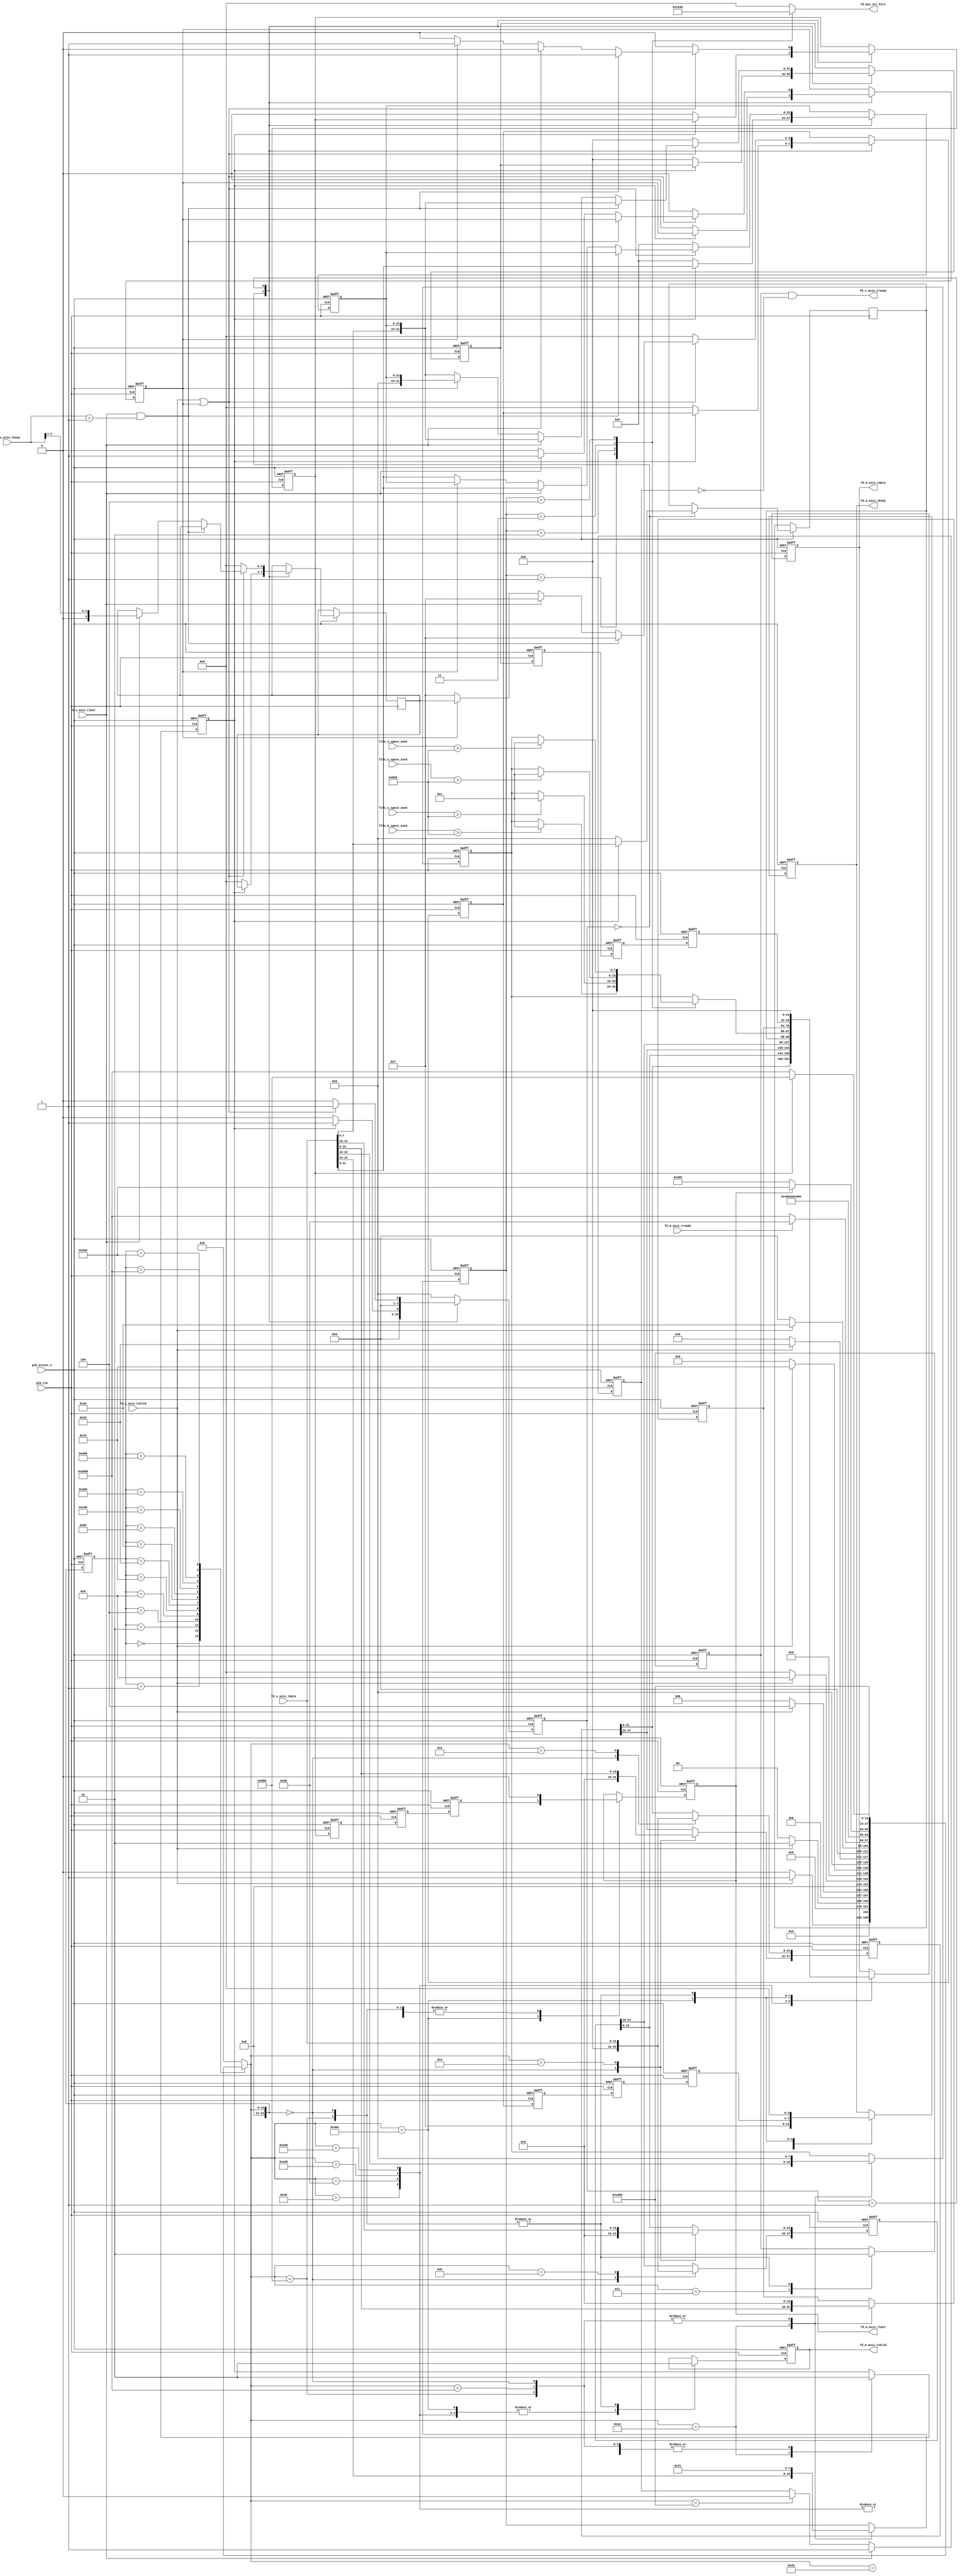
/***********************************************
 **
ECN          **
***********************************************/

module frame_decoder(
glb_clk,
glb_areset_n,


fd_s_axis_tvalid ,
fd_s_axis_tready ,
fd_s_axis_tdata  ,
fd_s_axis_tkeep  ,
fd_s_axis_tlast  ,

fd_m_axis_tvalid ,
fd_m_axis_tready ,
fd_m_axis_tdata  ,
fd_m_axis_tkeep  ,
fd_m_axis_tlast  ,

fd_bus_sel_bits  ,

fifo_0_space_used ,  
fifo_1_space_used ,  
fifo_2_space_used ,  
fifo_3_space_used 

);
input glb_clk     ;
input glb_areset_n;

//Eth-IP
input                   fd_s_axis_tvalid ;
output                  fd_s_axis_tready ;
input   [31:0]          fd_s_axis_tdata  ;
input   [3:0]           fd_s_axis_tkeep  ;
input                   fd_s_axis_tlast  ;

//bus_cross_bar         
output  reg             fd_m_axis_tvalid ;
input                   fd_m_axis_tready ;
output  reg   [31:0]    fd_m_axis_tdata  ;
output  reg   [3:0]     fd_m_axis_tkeep  ;
output  reg             fd_m_axis_tlast  ;

output  reg  [3:0]      fd_bus_sel_bits  ;


input   [31:0]          fifo_0_space_used ;  
input   [31:0]          fifo_1_space_used ;  
input   [31:0]          fifo_2_space_used ;  
input   [31:0]          fifo_3_space_used ;


//parameter defination
//MACSA **
parameter LOCAL_MAC= 48'h11_22_33_44_55_66;//MAC
//LOCAL_MAC66:55:44:33:22:11//**
//MACDA **
parameter DEST_MAC_0=48'haa_00_00_00_00_aa;
parameter DEST_MAC_1=48'hbb_11_11_11_11_bb;
parameter DEST_MAC_2=48'hcc_22_22_22_22_cc;
parameter DEST_MAC_3=48'hdd_33_33_33_33_dd;

//lable **
parameter PORT_LABLE_0  =8'h01 ;
parameter PORT_LABLE_1  =8'h02 ;
parameter PORT_LABLE_2  =8'h03 ;
parameter PORT_LABLE_3  =8'h04 ;
parameter PORT_LABLE_END=8'hff ;
parameter PORT_LABLE_NON=8'hfe ;
//fifoECN**
parameter FIFO_ALERT_THERSOLD=32'd3000;


//STATE DEFINE 
//  **
parameter   IDLE                =23'h000000;
parameter   DA0                 =23'h000001;
parameter   DA1_SA0             =23'h000002;
parameter   SA1                 =23'h000004;
parameter   LT_ECN_L0           =23'h000008;
parameter   SAVE_DST_INFO       =23'h000010;
parameter   WAIT_BUS_SEL_READY  =23'h000020;
parameter   NEW_DA0             =23'h000040;
parameter   NEW_DA1_SA0         =23'h000080;
parameter   NEW_SA1             =23'h000100;
parameter   NEW_LT_ECN_L0       =23'h000200;
parameter   NEW_FRAME_DATA      =23'h000400;
parameter   NEW_FRAME_END       =23'h000800;
parameter   GO_IDLE             =23'h001000;
parameter   FRAME_ABORT         =23'h002000;


reg         [23:0]      next_state;
reg         [23:0]      current_state;


//  **
parameter   SHIFT_IDLE          =8'h0;
parameter   SHIFT_FIRST         =8'h1;



reg         [7:0]       dst_lable_r;
reg         [15:0]      length_type_r;
reg         [7:0]       ECN_r;
reg         [7:0]       ECN_res_r;
reg         [47:0]      new_dst_mac;

reg         [7:0]       new_L0_r;
reg                     fd_s_axis_tready_r;
reg                     fd_s_axis_tready_sudden_low_r;


reg         [31:0]      tobe_send0_axis_tdata_r;
reg                     tobe_send0_axis_tlast_r;
reg         [3:0]       tobe_send0_axis_tkeep_r;

reg         [31:0]      tobe_send1_axis_tdata_r;
reg                     tobe_send1_axis_tlast_r;
reg         [3:0]       tobe_send1_axis_tkeep_r;

reg         [31:0]      tobe_send2_axis_tdata_r;
reg                     tobe_send2_axis_tlast_r;
reg         [3:0]       tobe_send2_axis_tkeep_r;

reg         [31:0]      tobe_send3_axis_tdata_r;
reg                     tobe_send3_axis_tlast_r;
reg         [3:0]       tobe_send3_axis_tkeep_r;

reg         [3:0]       up_tri_axis_tkeep_r;
reg         [23:0]      up_tri_axis_tdata_r;
reg                     one_more_cycle; 
reg                     first_pad_en_r;       
       
reg         [7:0 ]      shift_state;

reg         [47:0]      old_SA_r;
reg         [47:0]      old_DA_r;


//bus_sel_bit transmit logic
// lable0 fd_bus_sel_bits**
always @(dst_lable_r)
begin
    case (dst_lable_r)
    PORT_LABLE_0  :begin fd_bus_sel_bits=4'h1; new_dst_mac=DEST_MAC_0; end
    PORT_LABLE_1  :begin fd_bus_sel_bits=4'h2; new_dst_mac=DEST_MAC_1; end
    PORT_LABLE_2  :begin fd_bus_sel_bits=4'h4; new_dst_mac=DEST_MAC_2; end
    PORT_LABLE_3  :begin fd_bus_sel_bits=4'h8; new_dst_mac=DEST_MAC_3; end
    PORT_LABLE_END:begin fd_bus_sel_bits=4'h0; new_dst_mac=47'h0; end//***
    PORT_LABLE_NON:begin fd_bus_sel_bits=4'h0; new_dst_mac=47'h0; end
    default:       fd_bus_sel_bits=4'h0;
    endcase
end
 
//bus_sel_bit transmit logic
//ECN ECN1**
//ECN
always @(dst_lable_r)
begin
    case (dst_lable_r)
    PORT_LABLE_0  :ECN_res_r=fifo_0_space_used>FIFO_ALERT_THERSOLD?8'h1:ECN_r;
    PORT_LABLE_1  :ECN_res_r=fifo_1_space_used>FIFO_ALERT_THERSOLD?8'h1:ECN_r;
    PORT_LABLE_2  :ECN_res_r=fifo_2_space_used>FIFO_ALERT_THERSOLD?8'h1:ECN_r;
    PORT_LABLE_3  :ECN_res_r=fifo_3_space_used>FIFO_ALERT_THERSOLD?8'h1:ECN_r;
    PORT_LABLE_END:ECN_res_r=ECN_r;
    PORT_LABLE_NON:ECN_res_r=ECN_r;
    default:       ECN_res_r=ECN_r;
    endcase
end


//***
//state transmit 
always @(posedge glb_clk or negedge glb_areset_n)
begin
    if(!glb_areset_n)
    begin
        current_state<=IDLE;
    end
    else
        current_state<=next_state;
end

//next state calculate
always @(fd_s_axis_tvalid,current_state,fd_m_axis_tready,fd_m_axis_tlast,tobe_send0_axis_tlast_r)
begin
        case (current_state)
        IDLE:begin
                if(fd_s_axis_tvalid)//**
                begin//IDLE0 **
                    next_state=DA0;
                end
                else
                    next_state=IDLE;
            end
        DA0:begin
                if(fd_s_axis_tvalid)
                begin
                    next_state=DA1_SA0;
                end
                else 
                    next_state=IDLE;
            end
        DA1_SA0:begin
                if(fd_s_axis_tvalid)
                begin
                    next_state=SA1;
                end
                else 
                    next_state=IDLE;
            end
        SA1:begin
                if(fd_s_axis_tvalid)
                begin
                    next_state=LT_ECN_L0;
                end
                else 
                    next_state=IDLE;
            end
        LT_ECN_L0:begin
                if(fd_s_axis_tvalid)
                begin
                    next_state=SAVE_DST_INFO;
                end
                else 
                    next_state=IDLE;
            end
        SAVE_DST_INFO:begin
                if(fd_s_axis_tvalid)
                begin
                    next_state=WAIT_BUS_SEL_READY;
                end
                else 
                    next_state=IDLE;
            end   
        WAIT_BUS_SEL_READY:begin
                if(fd_s_axis_tvalid)
                begin
                    next_state=NEW_DA0;
                end
                else 
                    next_state=IDLE;                
            end
        NEW_DA0:begin                    
                if(fd_m_axis_tready)//fifo response ok 
                begin
                    next_state=NEW_DA1_SA0;
                end
                else 
                begin
                    next_state=FRAME_ABORT;//must wait frame is abort complete
                end
            end
        NEW_DA1_SA0:begin
                next_state=NEW_SA1;
            end
        NEW_SA1:begin
                next_state=NEW_LT_ECN_L0;
            end
        NEW_LT_ECN_L0:begin
                next_state=NEW_FRAME_DATA;
            end
        NEW_FRAME_DATA:begin
                if(fd_m_axis_tlast)
                begin
                    next_state=NEW_FRAME_END;
                    //next_state=GO_IDLE;
                    $display("got fd_m_axis_tlast=1");
                end
                else
                begin
                    next_state=NEW_FRAME_DATA;
                    $display("got fd_m_axis_tlast=0");
                end
            end
        NEW_FRAME_END:begin
                next_state=GO_IDLE;
            end
        GO_IDLE:begin
                next_state=IDLE;
            end
        FRAME_ABORT:begin
                if(tobe_send0_axis_tlast_r)
                begin
                    next_state=NEW_FRAME_END;
                end
                else
                begin
                    next_state=FRAME_ABORT;
                end
            end
        default:begin
                    next_state=IDLE;
            end        
        endcase 
end 

//output logic
always @(posedge glb_clk or negedge glb_areset_n)
begin
    if(!glb_areset_n)
    begin
            fd_m_axis_tvalid<=0;
            fd_m_axis_tdata <=0;
            fd_m_axis_tkeep <=0;
            fd_m_axis_tlast <=0;
            fd_s_axis_tready_r<=0;
            first_pad_en_r    <=0;
            length_type_r   <=0;
            ECN_r           <=0;
            dst_lable_r     <=PORT_LABLE_NON;
            old_DA_r        <=0;
            old_SA_r        <=0;
    end
    else
    begin
        case (next_state)
        IDLE:begin
                //reset output register
                fd_m_axis_tvalid<=0;
                fd_m_axis_tdata <=0;
                fd_m_axis_tkeep <=0;
                fd_m_axis_tlast <=0;
                fd_s_axis_tready_r<=0;   
                first_pad_en_r    <=0;
                length_type_r   <=0;
                ECN_r           <=0;
                dst_lable_r     <=PORT_LABLE_NON;
                old_DA_r        <=0;
                old_SA_r        <=0;
            end
        DA0:begin       
                               
                fd_s_axis_tready_r<=1;//response
            end
        DA1_SA0:begin
                //save DA0
                old_DA_r[31:0]<=fd_s_axis_tdata;                              
            end
        SA1:begin      
                //save DA1_SA0
                old_DA_r[47:32]<=fd_s_axis_tdata[15:0 ];
                old_SA_r[15:0 ]<=fd_s_axis_tdata[31:16];
            end
        LT_ECN_L0:begin   
                //save SA1
                old_SA_r[47:16]<=fd_s_axis_tdata[31:0];
            end
        SAVE_DST_INFO:begin//LT ECN L0 **
                length_type_r   <=fd_s_axis_tdata[15:0];
                ECN_r           <=fd_s_axis_tdata[24:16];
                dst_lable_r     <=fd_s_axis_tdata[31:24]; 
                first_pad_en_r  <=1;//
            end
        WAIT_BUS_SEL_READY:begin
                first_pad_en_r  <=0;
            end        
        NEW_DA0:begin
                fd_m_axis_tvalid<=1;
                fd_m_axis_tdata <=old_DA_r[31:0];//new destaddress 4Byte **
                fd_m_axis_tkeep <=4'hf;                
                fd_m_axis_tlast  <=1'b0;                
            end
        NEW_DA1_SA0:begin                   
                fd_m_axis_tvalid<=1;//new destaddress 2Byte **
                 //new sourceaddress 2Byte **
                fd_m_axis_tdata <={old_SA_r[15:0],old_DA_r[47:32]};
                fd_m_axis_tkeep <=4'hf;                
                fd_m_axis_tlast  <=1'b0;                         
            end
        NEW_SA1:begin
                fd_m_axis_tvalid<=1;
                //new sourceaddress 4Byte **
                fd_m_axis_tdata <=old_SA_r[47:16];
                fd_m_axis_tkeep <=4'hf;                
                fd_m_axis_tlast <=1'b0; 
            end
        NEW_LT_ECN_L0:begin
                fd_m_axis_tvalid<=1;
                //new_L0 ,new ECN,new LT
                fd_m_axis_tdata <={new_L0_r,ECN_res_r,length_type_r};
                fd_m_axis_tkeep <=4'hf;                
                fd_m_axis_tlast <=1'b0;                   
            end
        NEW_FRAME_DATA:begin
                fd_m_axis_tvalid<=1;
                //**
                fd_m_axis_tdata  <=tobe_send3_axis_tdata_r;
                fd_m_axis_tkeep  <=tobe_send3_axis_tkeep_r;
                fd_m_axis_tlast  <=tobe_send3_axis_tlast_r;
            end
        NEW_FRAME_END:begin           
                //**
                fd_m_axis_tvalid<=0;
                fd_m_axis_tdata <=0;
                fd_m_axis_tkeep <=4'h0;                
                fd_m_axis_tlast <=1'b0; 
                fd_s_axis_tready_r<=0;
                
                dst_lable_r<=PORT_LABLE_NON;
                first_pad_en_r  <=0;
                length_type_r   <=0;
                ECN_r           <=0;    
            end
        GO_IDLE:begin                        
                //do nothing  
            end
        FRAME_ABORT:begin
                dst_lable_r<=PORT_LABLE_NON;//**                  
                first_pad_en_r  <=0;
                length_type_r   <=0;
                ECN_r           <=0; 
            end
        default: begin
                    
            end        
        endcase 
    end
    
end


//recived data shift logic 
//**
//   tobe_send0_axis_txx_r aaa
//axis   aaa
always @(posedge glb_clk or negedge glb_areset_n)
begin
        if(!glb_areset_n)
        begin
                tobe_send0_axis_tdata_r<=0;
                tobe_send0_axis_tlast_r<=0;
                tobe_send0_axis_tkeep_r<=0;
                shift_state            <=0;
                up_tri_axis_tdata_r    <=0;
                one_more_cycle         <=0;
        end
        else
        begin
            case (shift_state)
            SHIFT_IDLE:begin
                        if(first_pad_en_r)//**
                        begin //**
                            shift_state   <=SHIFT_FIRST;// **
                            //DATA0byte Lable0   **
                            new_L0_r      <=fd_s_axis_tdata[7:0];
                            //***
                            up_tri_axis_tdata_r<=fd_s_axis_tdata[31:8];
                        end
                        else  // **   
                        begin
                            tobe_send0_axis_tdata_r<=32'h0;
                            tobe_send0_axis_tlast_r<=1'b0;
                            tobe_send0_axis_tkeep_r<=4'h0;
                            
                            up_tri_axis_tkeep_r<=4'h0;
                            up_tri_axis_tdata_r<=4'h0;
                            one_more_cycle     <=0; 
                            shift_state        <=SHIFT_IDLE; 
                            new_L0_r           <=0;                            
                        end
                    end
            SHIFT_FIRST:begin
                        if(fd_s_axis_tvalid||one_more_cycle)//tvalid**
                        // **
                        //fd_s_axis_tvalid==0 **
                        begin
                            if(fd_s_axis_tlast&&(fd_s_axis_tkeep==4'h1))
                            begin//tkeep4'h1 **
                                tobe_send0_axis_tdata_r<={fd_s_axis_tdata[7:0],up_tri_axis_tdata_r};
                                tobe_send0_axis_tlast_r<=1'b1;
                                tobe_send0_axis_tkeep_r<=4'hf;//
                                
                                shift_state<=SHIFT_FIRST;

                            end
                            else if(fd_s_axis_tlast)//fd_s_axis_tkeep==4'h3 or 4'h7 or 4'hf
                            begin
                                tobe_send0_axis_tdata_r<={fd_s_axis_tdata[7:0],up_tri_axis_tdata_r};
                                tobe_send0_axis_tlast_r<=1'b0;//**
                                tobe_send0_axis_tkeep_r<=4'hf;
                                
                                up_tri_axis_tdata_r<=fd_s_axis_tdata[31:8];
                                up_tri_axis_tkeep_r<={1'b0,fd_s_axis_tkeep[3:1]};//tkeep shift tkeep 
                                one_more_cycle<=1;//**
                                
                                shift_state<=SHIFT_FIRST;// **
                                //fd_s_axis_tlastfd_s_axis_tready**
                              
                           end
                            else if(one_more_cycle)//last word  **
                            begin
                                tobe_send0_axis_tdata_r<={8'h0,up_tri_axis_tdata_r};
                                tobe_send0_axis_tlast_r<=1'b1;
                                tobe_send0_axis_tkeep_r<=up_tri_axis_tkeep_r;
                                one_more_cycle<=0;
                                
                                shift_state<=SHIFT_FIRST;
                            end  
                            else //**
                            begin
                                tobe_send0_axis_tdata_r<={fd_s_axis_tdata[7:0],up_tri_axis_tdata_r};
                                tobe_send0_axis_tlast_r<=1'b0;
                                tobe_send0_axis_tkeep_r<=4'hf;
                                
                                up_tri_axis_tdata_r<=fd_s_axis_tdata[31:8];
                                
                                shift_state<=SHIFT_FIRST; 
                            end
                        end 
                        else // **
                        begin
                                tobe_send0_axis_tdata_r<=32'h0;
                                tobe_send0_axis_tlast_r<=1'b0;
                                tobe_send0_axis_tkeep_r<=4'h0;
                                
                                up_tri_axis_tkeep_r<=4'h0;
                                up_tri_axis_tdata_r<=4'h0;
                                one_more_cycle<=0; 
                                shift_state<=SHIFT_IDLE;                                
                        end
                    end
            default:shift_state<=SHIFT_IDLE;//**
            endcase
        end         
end

//continous response logic to master
assign fd_s_axis_tready=fd_s_axis_tready_r&(~fd_s_axis_tready_sudden_low_r);

always @(posedge glb_clk or negedge glb_areset_n)
begin
    if(!glb_areset_n)
    begin
        fd_s_axis_tready_sudden_low_r<=0;
    end
    else
    begin
        //fd_s_axis_tlast**
        //fd_s_axis_tready**
        
        if(fd_s_axis_tlast)
        begin
            fd_s_axis_tready_sudden_low_r<=1;
        end
        else if(next_state==GO_IDLE)//
        begin 
            fd_s_axis_tready_sudden_low_r<=0;
        end
    end
end
//shifted data delay logic
always @ (posedge glb_clk or negedge glb_areset_n)
begin
    if(!glb_areset_n)
    begin
        tobe_send1_axis_tdata_r<=0;
        tobe_send1_axis_tkeep_r<=0;
        tobe_send1_axis_tlast_r<=0;
        
        tobe_send2_axis_tdata_r<=0;
        tobe_send2_axis_tkeep_r<=0;
        tobe_send2_axis_tlast_r<=0;
        
        tobe_send3_axis_tdata_r<=0;
        tobe_send3_axis_tkeep_r<=0;
        tobe_send3_axis_tlast_r<=0;
    end
    else 
    begin
	    // **
        tobe_send1_axis_tdata_r<=tobe_send0_axis_tdata_r;
        tobe_send1_axis_tkeep_r<=tobe_send0_axis_tkeep_r;
        tobe_send1_axis_tlast_r<=tobe_send0_axis_tlast_r;
        
        tobe_send2_axis_tdata_r<=tobe_send1_axis_tdata_r;
        tobe_send2_axis_tkeep_r<=tobe_send1_axis_tkeep_r;
        tobe_send2_axis_tlast_r<=tobe_send1_axis_tlast_r;
        
        tobe_send3_axis_tdata_r<=tobe_send2_axis_tdata_r;
        tobe_send3_axis_tkeep_r<=tobe_send2_axis_tkeep_r;
        tobe_send3_axis_tlast_r<=tobe_send2_axis_tlast_r;
    end
end
endmodule